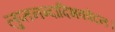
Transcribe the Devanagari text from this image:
लुप्तनन्दादिभववेदनः।